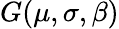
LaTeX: G(\mu,\sigma,\beta)